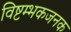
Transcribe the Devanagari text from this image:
विष्टम्भकजनक